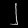
Digit: ၂